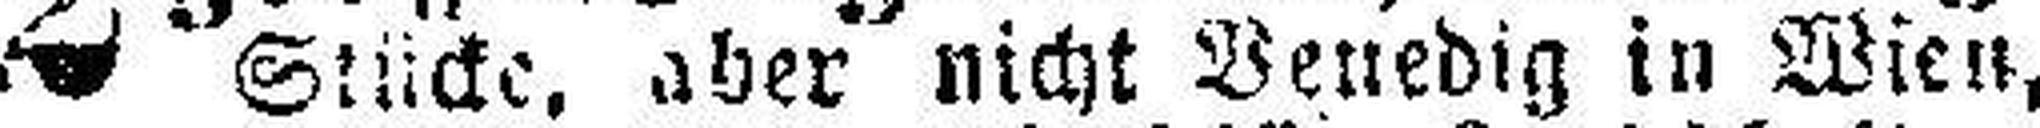
Stücke, aber nicht Benedig in Wien,